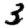
Digit: 3